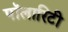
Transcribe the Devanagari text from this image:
पॉलारिटी